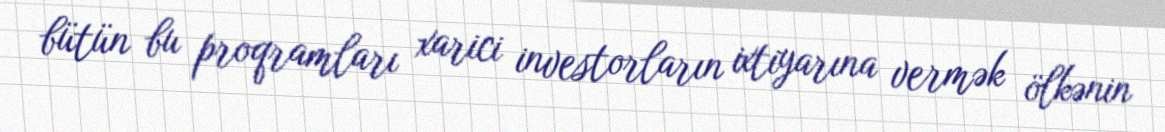
bütün bu proqramları xarici investorların ixtiyarına vermək ölkənin